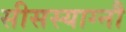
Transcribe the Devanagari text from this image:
सीसस्याग्नौ